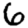
Digit: 6